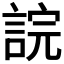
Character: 𧨎